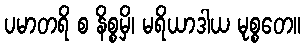
ပမာတရိ စ နိစ္စမှိ၊ မရိယာဒါယ မုစ္စတေ။